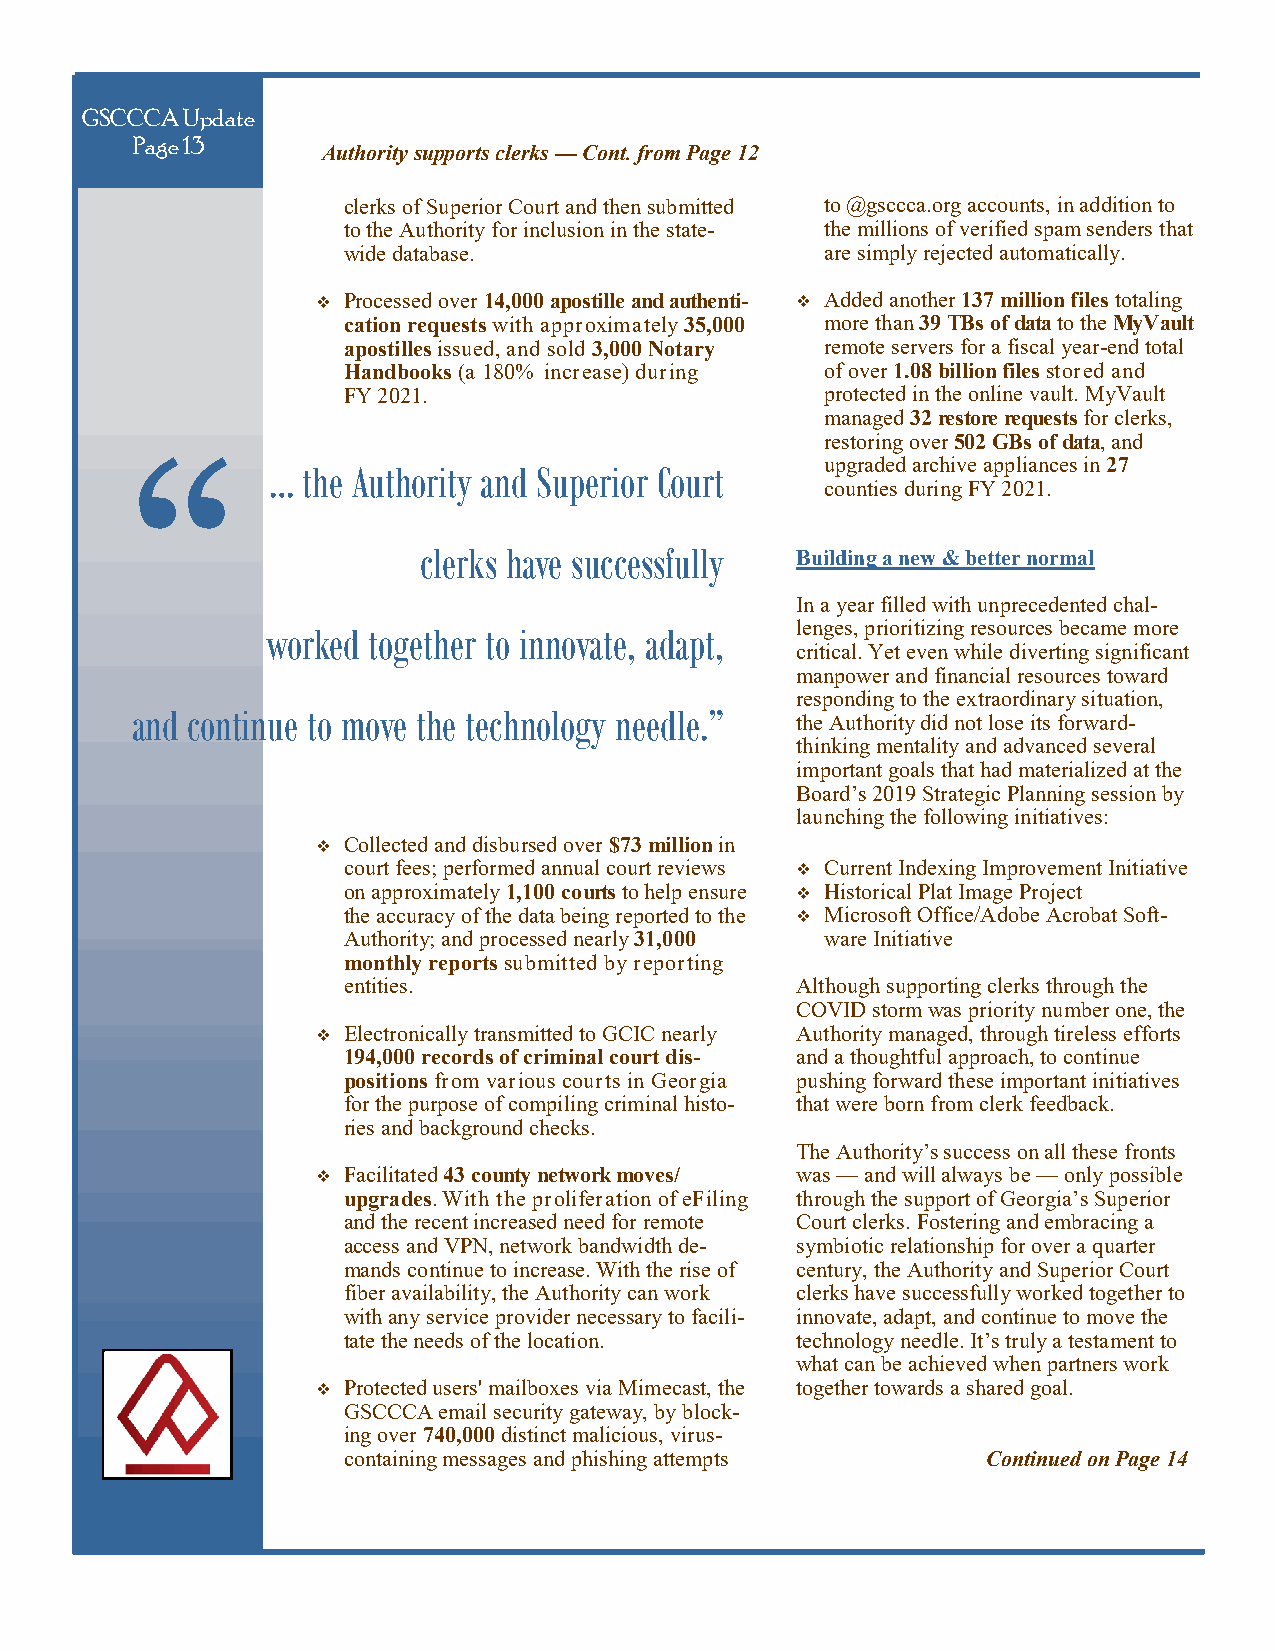
GSCCCA Update
 Page 13
 Authority supports clerks — Cont. from Page 12
 clerks of Superior Court and then submitted to @gsccca.org accounts, in addition to
 to the Authority for inclusion in the state- the millions of verified spam senders that
 wide database.                  are simply rejected automatically.
  Processed over 14,000 apostille and authenti-  Added another 137 million files totaling
 cation requests with approximately 35,000 more than 39 TBs of data to the MyVault
 apostilles issued, and sold 3,000 Notary remote servers for a fiscal year-end total
 Handbooks (a 180% increase) during of over 1.08 billion files stored and
 FY 2021.                        protected in the online vault. MyVault
 managed 32 restore requests for clerks,
 restoring over 502 GBs of data, and
 “
 upgraded archive appliances in 27
 … the Authority and Superior Court
 counties during FY 2021.
 clerks have successfully Building a new & better normal
 In a year filled with unprecedented chal-
 worked together to innovate, adapt, lenges, prioritizing resources became more
 critical. Yet even while diverting significant
 manpower and financial resources toward
 responding to the extraordinary situation,
 and continue to move the technology needle.”
 the Authority did not lose its forward-
 thinking mentality and advanced several
 important goals that had materialized at the
 Board’s 2019 Strategic Planning session by
 launching the following initiatives:
  Collected and disbursed over $73 million in
 court fees; performed annual court reviews  Current Indexing Improvement Initiative
 on approximately 1,100 courts to help ensure  Historical Plat Image Project
 the accuracy of the data being reported to the  Microsoft Office/Adobe Acrobat Soft-
 Authority; and processed nearly 31,000 ware Initiative
 monthly reports submitted by reporting
 entities.                     Although supporting clerks through the
 COVID storm was priority number one, the
  Electronically transmitted to GCIC nearly Authority managed, through tireless efforts
 194,000 records of criminal court dis- and a thoughtful approach, to continue
 positions from various courts in Georgia pushing forward these important initiatives
 for the purpose of compiling criminal histo- that were born from clerk feedback.
 ries and background checks.
 The Authority’s success on all these fronts
  Facilitated 43 county network moves/ was — and will always be — only possible
 upgrades. With the proliferation of eFiling through the support of Georgia’s Superior
 and the recent increased need for remote Court clerks. Fostering and embracing a
 access and VPN, network bandwidth de- symbiotic relationship for over a quarter
 mands continue to increase. With the rise of century, the Authority and Superior Court
 fiber availability, the Authority can work clerks have successfully worked together to
 with any service provider necessary to facili- innovate, adapt, and continue to move the
 tate the needs of the location. technology needle. It’s truly a testament to
 what can be achieved when partners work
  Protected users' mailboxes via Mimecast, the together towards a shared goal.
 GSCCCA email security gateway, by block-
 ing over 740,000 distinct malicious, virus-
 containing messages and phishing attempts Continued on Page 14